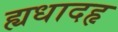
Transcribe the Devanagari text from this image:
ह्यधादहृ